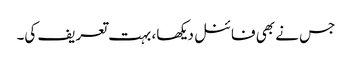
جس نے بھی فائنل دیکھا، بہت تعریف کی۔